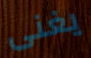
يغنى